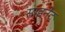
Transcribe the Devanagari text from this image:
साइनेट